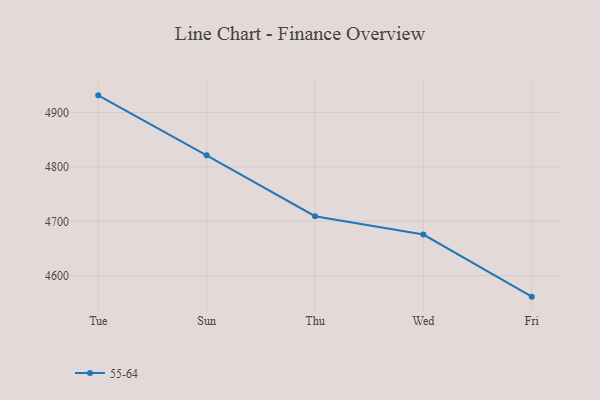
{"axis": {"x": "Day", "y": "Satisfaction Score"}, "legend": ["55-64"], "data": [{"x": "Tue", "y": 4931.5, "type": "55-64"}, {"x": "Sun", "y": 4821.3, "type": "55-64"}, {"x": "Thu", "y": 4709.3, "type": "55-64"}, {"x": "Wed", "y": 4675.6, "type": "55-64"}, {"x": "Fri", "y": 4561.5, "type": "55-64"}]}